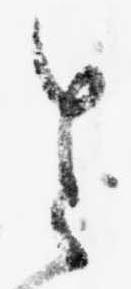
さ